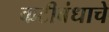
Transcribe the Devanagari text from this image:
कटीबंधाचे